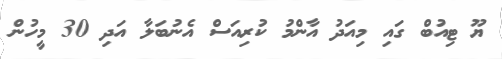
ޔޫ ޓިއުބް ގައި މިއަދު އާންމު ކުރިއަސް އެނުބަލާ އަދި 30 މީހުން